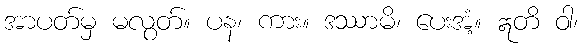
အာပတ်မှ မလွတ်။ ပန၊ ကား။ ဒဿာမိ၊ ပေးအံ့။ ဣတိ ဝါ၊